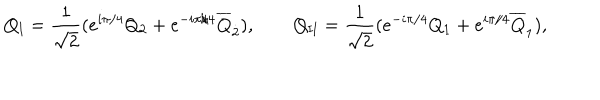
Q _ { \mathrm { I } } = \frac { 1 } { \sqrt { 2 } } ( e ^ { i \pi / 4 } Q _ { 2 } + e ^ { - i \pi / 4 } \overline { { { Q } } } _ { \dot { 2 } } ) , \qquad Q _ { \mathrm { I I } } = \frac { 1 } { \sqrt { 2 } } ( e ^ { - i \pi / 4 } Q _ { 1 } + e ^ { i \pi / 4 } \overline { { { Q } } } _ { \dot { 1 } } ) ,